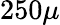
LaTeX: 250\mu